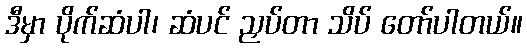
ဒီမှာ ပိုက်ဆံပါ၊ ဆံပင် ညှပ်တာ သိပ် တော်ပါတယ်။